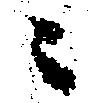
々